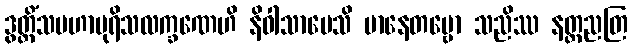
ဒွတ္တိံသမဟာပုရိသလက္ခဏေဟိ နိဝါသာပေသိ မာနေတဗ္ဗော သညိဿ နတ္ထညတြ